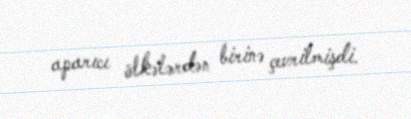
aparıcı ölkələrdən birinə çevrilmişdi.